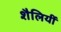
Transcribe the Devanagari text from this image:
शैलियीं